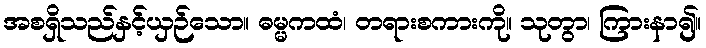
အစရှိသည်နှင့်ယှဉ်သော။ ဓမ္မကထံ၊ တရားစကားကို။ သုတွာ၊ ကြားနာ၍။